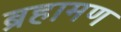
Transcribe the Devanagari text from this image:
ब्रहामण